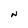
Character: N